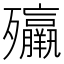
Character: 㱻